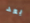
بعد